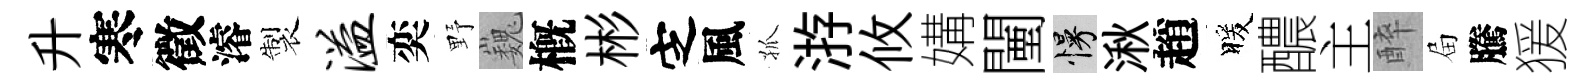
升寒徵濬製溢奕野巍槪彬㝎風孤㳺攸媾闉慢湫趙暖醲主醉屇騰猨